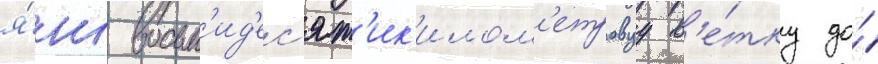
я́нг восьм'ид'ес'ят'ик'илом'етровуу в'е́тку до́